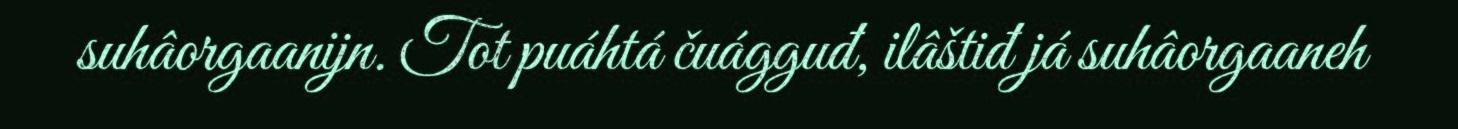
suhâorgaanijn. Tot puáhtá čuágguđ, ilâštiđ já suhâorgaaneh